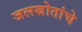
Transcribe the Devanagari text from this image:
जलस्रोतांचे